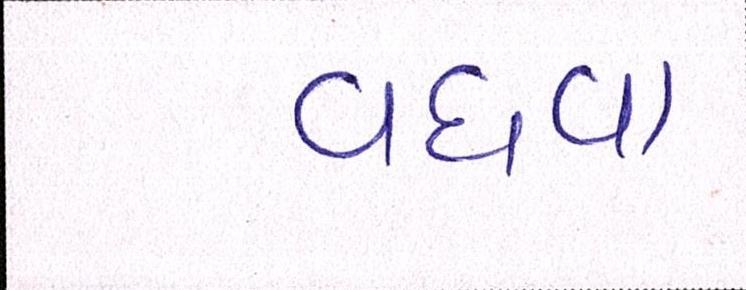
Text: વધવા